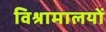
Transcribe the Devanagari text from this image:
विश्रामालयों